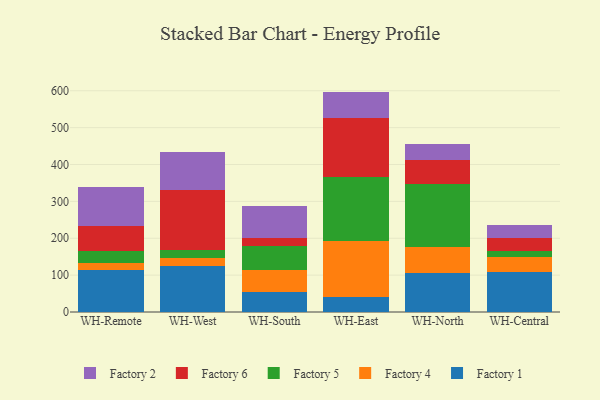
{"axis": {"x": "Warehouse", "y": "Operating Costs (USD K)"}, "legend": ["Factory 1", "Factory 2", "Factory 4", "Factory 5", "Factory 6"], "data": [{"x": "WH-Remote", "y": 114.5, "type": "Factory 1"}, {"x": "WH-Remote", "y": 18.9, "type": "Factory 4"}, {"x": "WH-Remote", "y": 32.7, "type": "Factory 5"}, {"x": "WH-Remote", "y": 67.0, "type": "Factory 6"}, {"x": "WH-Remote", "y": 104.7, "type": "Factory 2"}, {"x": "WH-West", "y": 124.4, "type": "Factory 1"}, {"x": "WH-West", "y": 22.0, "type": "Factory 4"}, {"x": "WH-West", "y": 21.7, "type": "Factory 5"}, {"x": "WH-West", "y": 162.1, "type": "Factory 6"}, {"x": "WH-West", "y": 102.4, "type": "Factory 2"}, {"x": "WH-South", "y": 54.0, "type": "Factory 1"}, {"x": "WH-South", "y": 58.6, "type": "Factory 4"}, {"x": "WH-South", "y": 65.8, "type": "Factory 5"}, {"x": "WH-South", "y": 22.8, "type": "Factory 6"}, {"x": "WH-South", "y": 87.5, "type": "Factory 2"}, {"x": "WH-East", "y": 40.1, "type": "Factory 1"}, {"x": "WH-East", "y": 153.2, "type": "Factory 4"}, {"x": "WH-East", "y": 172.2, "type": "Factory 5"}, {"x": "WH-East", "y": 161.7, "type": "Factory 6"}, {"x": "WH-East", "y": 70.5, "type": "Factory 2"}, {"x": "WH-North", "y": 106.4, "type": "Factory 1"}, {"x": "WH-North", "y": 69.7, "type": "Factory 4"}, {"x": "WH-North", "y": 171.1, "type": "Factory 5"}, {"x": "WH-North", "y": 65.8, "type": "Factory 6"}, {"x": "WH-North", "y": 42.8, "type": "Factory 2"}, {"x": "WH-Central", "y": 109.8, "type": "Factory 1"}, {"x": "WH-Central", "y": 40.5, "type": "Factory 4"}, {"x": "WH-Central", "y": 15.2, "type": "Factory 5"}, {"x": "WH-Central", "y": 35.5, "type": "Factory 6"}, {"x": "WH-Central", "y": 34.5, "type": "Factory 2"}]}